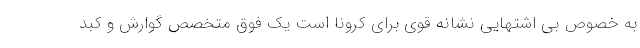
به خصوص بی اشتهایی نشانه قوی برای کرونا است یک فوق متخصص گوارش و کبد